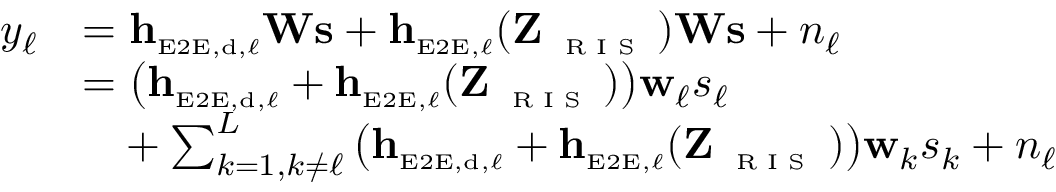
\begin{array} { r l } { y _ { \ell } } & { = \mathbf { h } _ { \scriptscriptstyle \mathrm { E 2 E } , \scriptscriptstyle \mathrm { d } , \ell } \mathbf { W } \mathbf { s } + \mathbf { h } _ { \scriptscriptstyle \mathrm { E 2 E } , \ell } ( \mathbf { Z } _ { \textnormal { \tiny { R I S } } } ) \mathbf { W } \mathbf { s } + n _ { \ell } } \\ & { = \big ( \mathbf { h } _ { \scriptscriptstyle \mathrm { E 2 E } , \scriptscriptstyle \mathrm { d } , \ell } + \mathbf { h } _ { \scriptscriptstyle \mathrm { E 2 E } , \ell } ( \mathbf { Z } _ { \textnormal { \tiny { R I S } } } ) \big ) \mathbf { w } _ { \ell } s _ { \ell } } \\ & { \phantom { = } + \sum _ { k = 1 , k \neq \ell } ^ { L } \big ( \mathbf { h } _ { \scriptscriptstyle \mathrm { E 2 E } , \scriptscriptstyle \mathrm { d } , \ell } + \mathbf { h } _ { \scriptscriptstyle \mathrm { E 2 E } , \ell } ( \mathbf { Z } _ { \textnormal { \tiny { R I S } } } ) \big ) \mathbf { w } _ { k } s _ { k } + n _ { \ell } } \end{array}